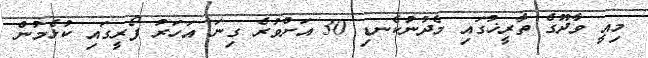
މިއީ ވާދޫގެ ތާރީޚުގައި މެދުނުކެނޑި 30 އަށްވުރެ ގިނަ އަހަރު ފޯރީގައި ކުޅެމުން